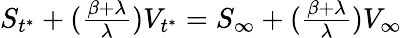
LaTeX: \begin{array}{r}{S_{t^{*}}+(\frac{\beta+\lambda}{\lambda})V_{t^{*}}=S_{\infty}+(\frac{\beta+\lambda}{\lambda})V_{\infty}}\end{array}